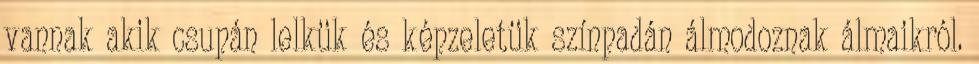
vannak akik csupán lelkük és képzeletük színpadán álmodoznak álmaikról.